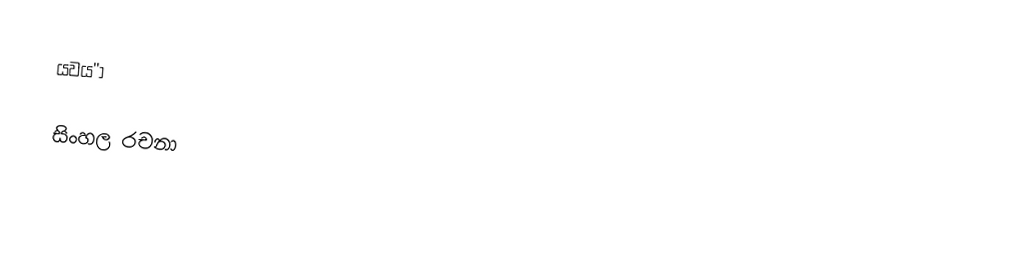
යවය''ා

සිංහල රචනා